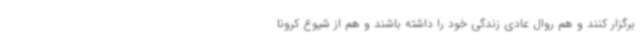
برگزار کنند و هم روال عادی زندگی خود را داشته باشند و هم از شیوع کرونا